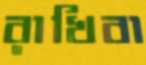
রাখিবা